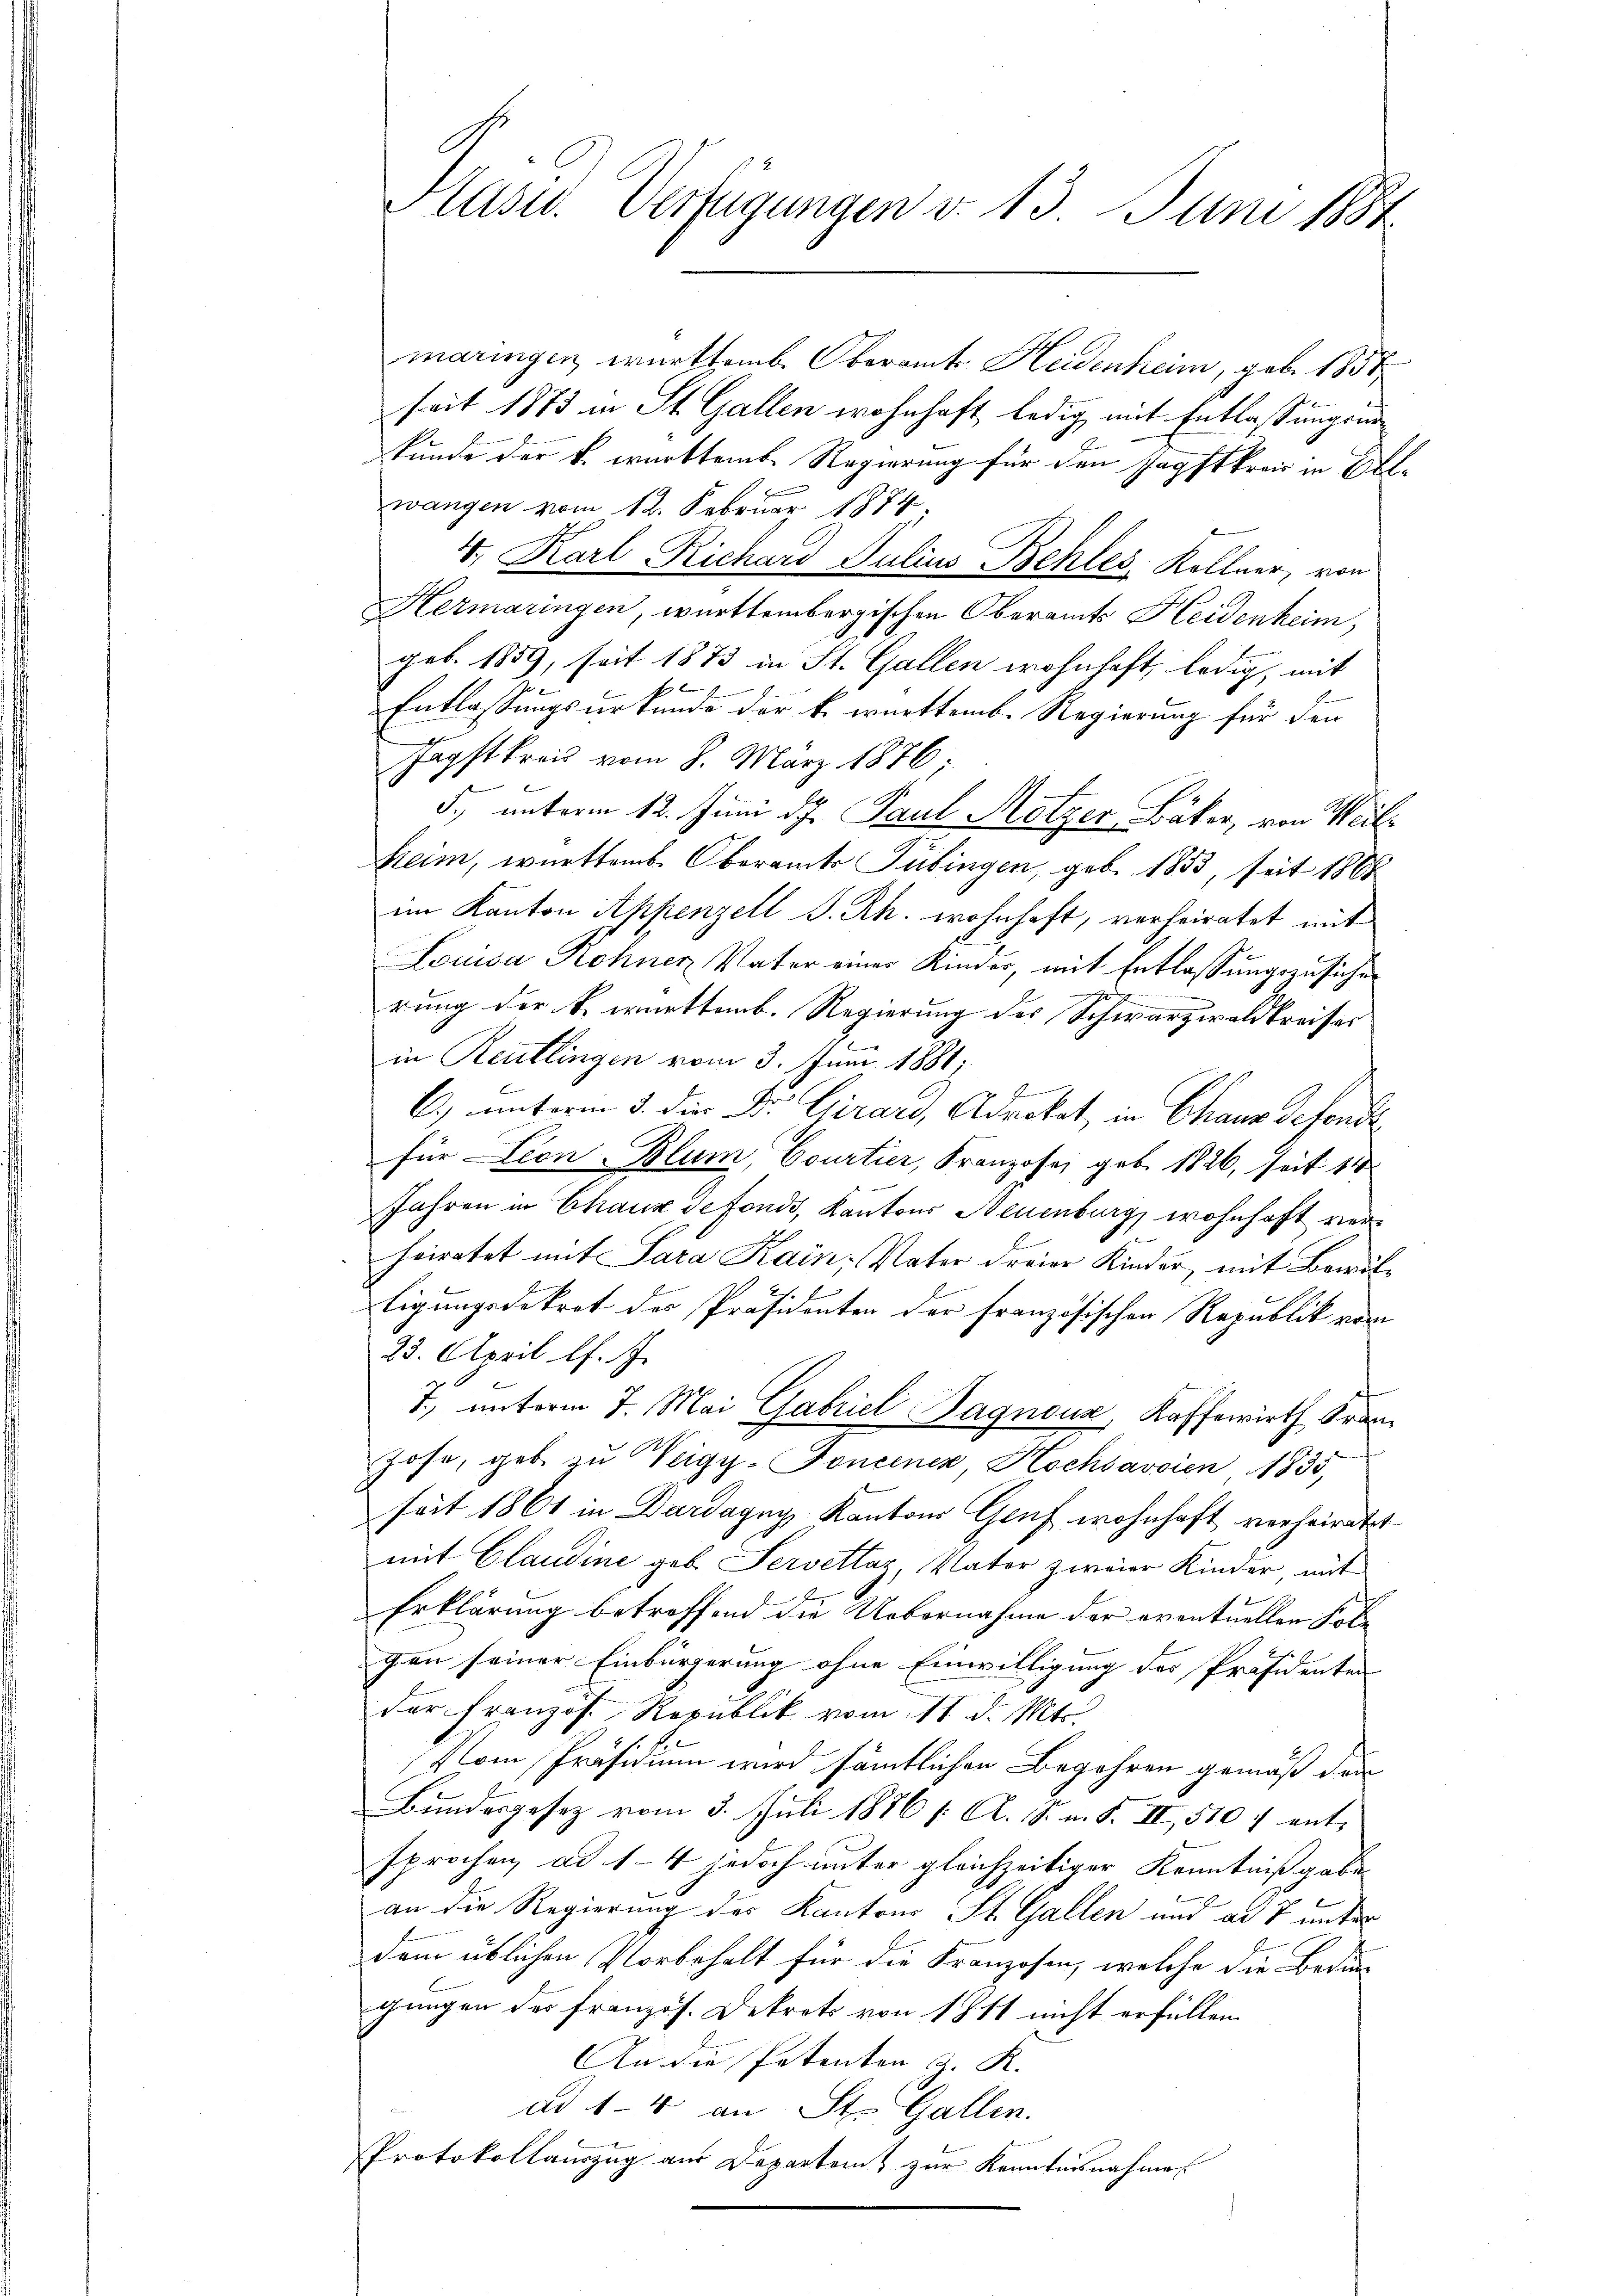
Kasu. Verfügungen v. 13. Juni 1884

maringen württemb. Oberamts Heidenheim, geb. 1858
seit 1873 in St. Gallen wohnhaft ledig, mit Entlassungsurkunde der k. württemb. Regierung für den Zapftkreis in Belwangen vom 12. Februar 1874.
4. Karl Richard Julius Behles, Kollner, von
Hermaringen, württembergischen Oberamts Heidenheim,
geb. 1859, seit 1873 in St. Gallen wohnhaft, ledig, mit
f 2
Entlassungsurkunde der k. württemb. Regierung für den
Hagst kreis vom 8. März 1876.
d., unterm 12. Juni d.J. Paul Metzer Bäker, von Weilheim, württemb. Oberamts Tübingen, geb. 1833, seit 1868
im Kanton Appenzell S. Rh. wohnhaft, verheiratet mit
Louisa Rohnen Vater einer Kinder, mit Entlassungszusiches
rung der k. württemb. Regierung des Schwarzwaldkreiser
in Reutlingen vom 3. Juni 1881).
z f
C. unterm 3. die Dr. Girard, Advokat in Chaus defond
für Leon Blum, Courtier, Franzose, geb. 1826, seit 11
Jahren in Chaux de fonds, Kantons Neuenburg wohnhaft verheiratet mit Sara Kain, Vater dreier Kinder, mit Bewil¬
Eigungsdekret des Präsidenten der Französischen Republik vom
23. April l. J.
T., unterm 7. Mai Gabriel Sagnouz, Kaffewirth Franf
hose, geb. zu Weigy-Foncenen, Hochsavsien 1835,
seit 1861 in Dardagny, Kantons Genf wohnhaft verheiratet
mit Claudine geb. Servettaz, Vater zweier Kinder mit
Erklärung betreffend die Uebernahme der eventuellen Kole
gen seiner Einbürgerung ohne Einwilligung des Präsidenten
der Französ. Republik vom 11t d. Mts.
Nom, Präsidium wird sämtlichen Begehren gemäß den
Bundesgesetz vom 3. Juli 1886 /: A. S. n. F. II, 510 f ent-
sprochen, ad 1-4 jedoch unter gleichzeitiger Kenntnißgabe
an die Regierung des Kantons St. Gallen und ad 7 unter
dem üblichen Vorbehalt für die Franzosen, welche die Beding
gungen des französ. Dekrets von 1811 nicht erfüllen.
An die Petenten z. R.
ad 1-4 an St. Gallen.
Protokollauszug aus Departem zur Kenntnisnahme